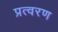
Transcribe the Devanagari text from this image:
प्रत्वरण